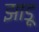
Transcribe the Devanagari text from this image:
झाडू़